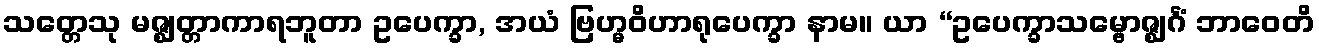
သတ္တေသု မဇ္ဈတ္တာကာရဘူတာ ဥပေက္ခာ, အယံ ဗြဟ္မဝိဟာရုပေက္ခာ နာမ။ ယာ “ဥပေက္ခာသမ္ဗောဇ္ဈင်္ဂံ ဘာဝေတိ